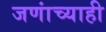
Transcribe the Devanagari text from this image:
जणांच्याही